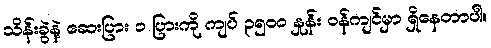
သိန်းခွဲနဲ့ ဆေးပြား ၁ ပြားကို ကျပ် ၃၅၀၀ နှုန်း ဝန်ကျင်မှာ ရှိနေတာပါ။